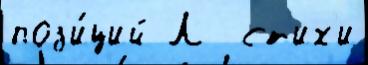
поз'и́ций Л  ст'их'и